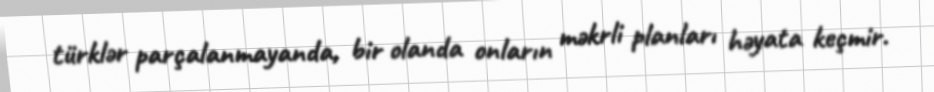
türklər parçalanmayanda, bir olanda onların məkrli planları həyata keçmir.